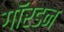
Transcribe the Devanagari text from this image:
गॉरडन